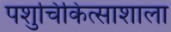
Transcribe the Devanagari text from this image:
पशुचिकित्साशाला